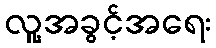
လူ့အခွင့်အရေး